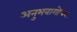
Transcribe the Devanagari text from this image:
अनुभवागोचर